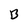
Character: B